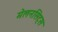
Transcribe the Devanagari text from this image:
मेलनसिट्स